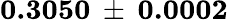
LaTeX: \mathbf{0.3050\: \pm{\: 0.0002}}